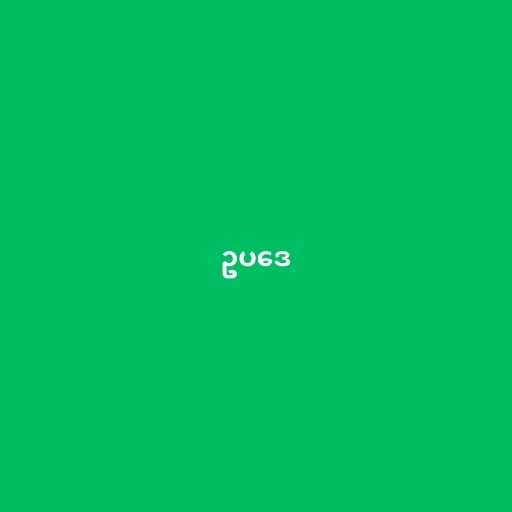
ဥပဒေ